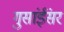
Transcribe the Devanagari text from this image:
गुसांईंसर